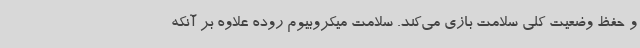
و حفظ وضعیت کلی سلامت بازی می‌کند. سلامت میکروبیوم روده علاوه بر آنکه